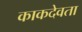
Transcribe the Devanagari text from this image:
काकदेवता